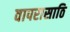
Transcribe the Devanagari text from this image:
वापरासाठि